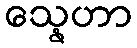
သ္နေဟာ